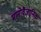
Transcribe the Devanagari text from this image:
मानोवैज्ञानिक